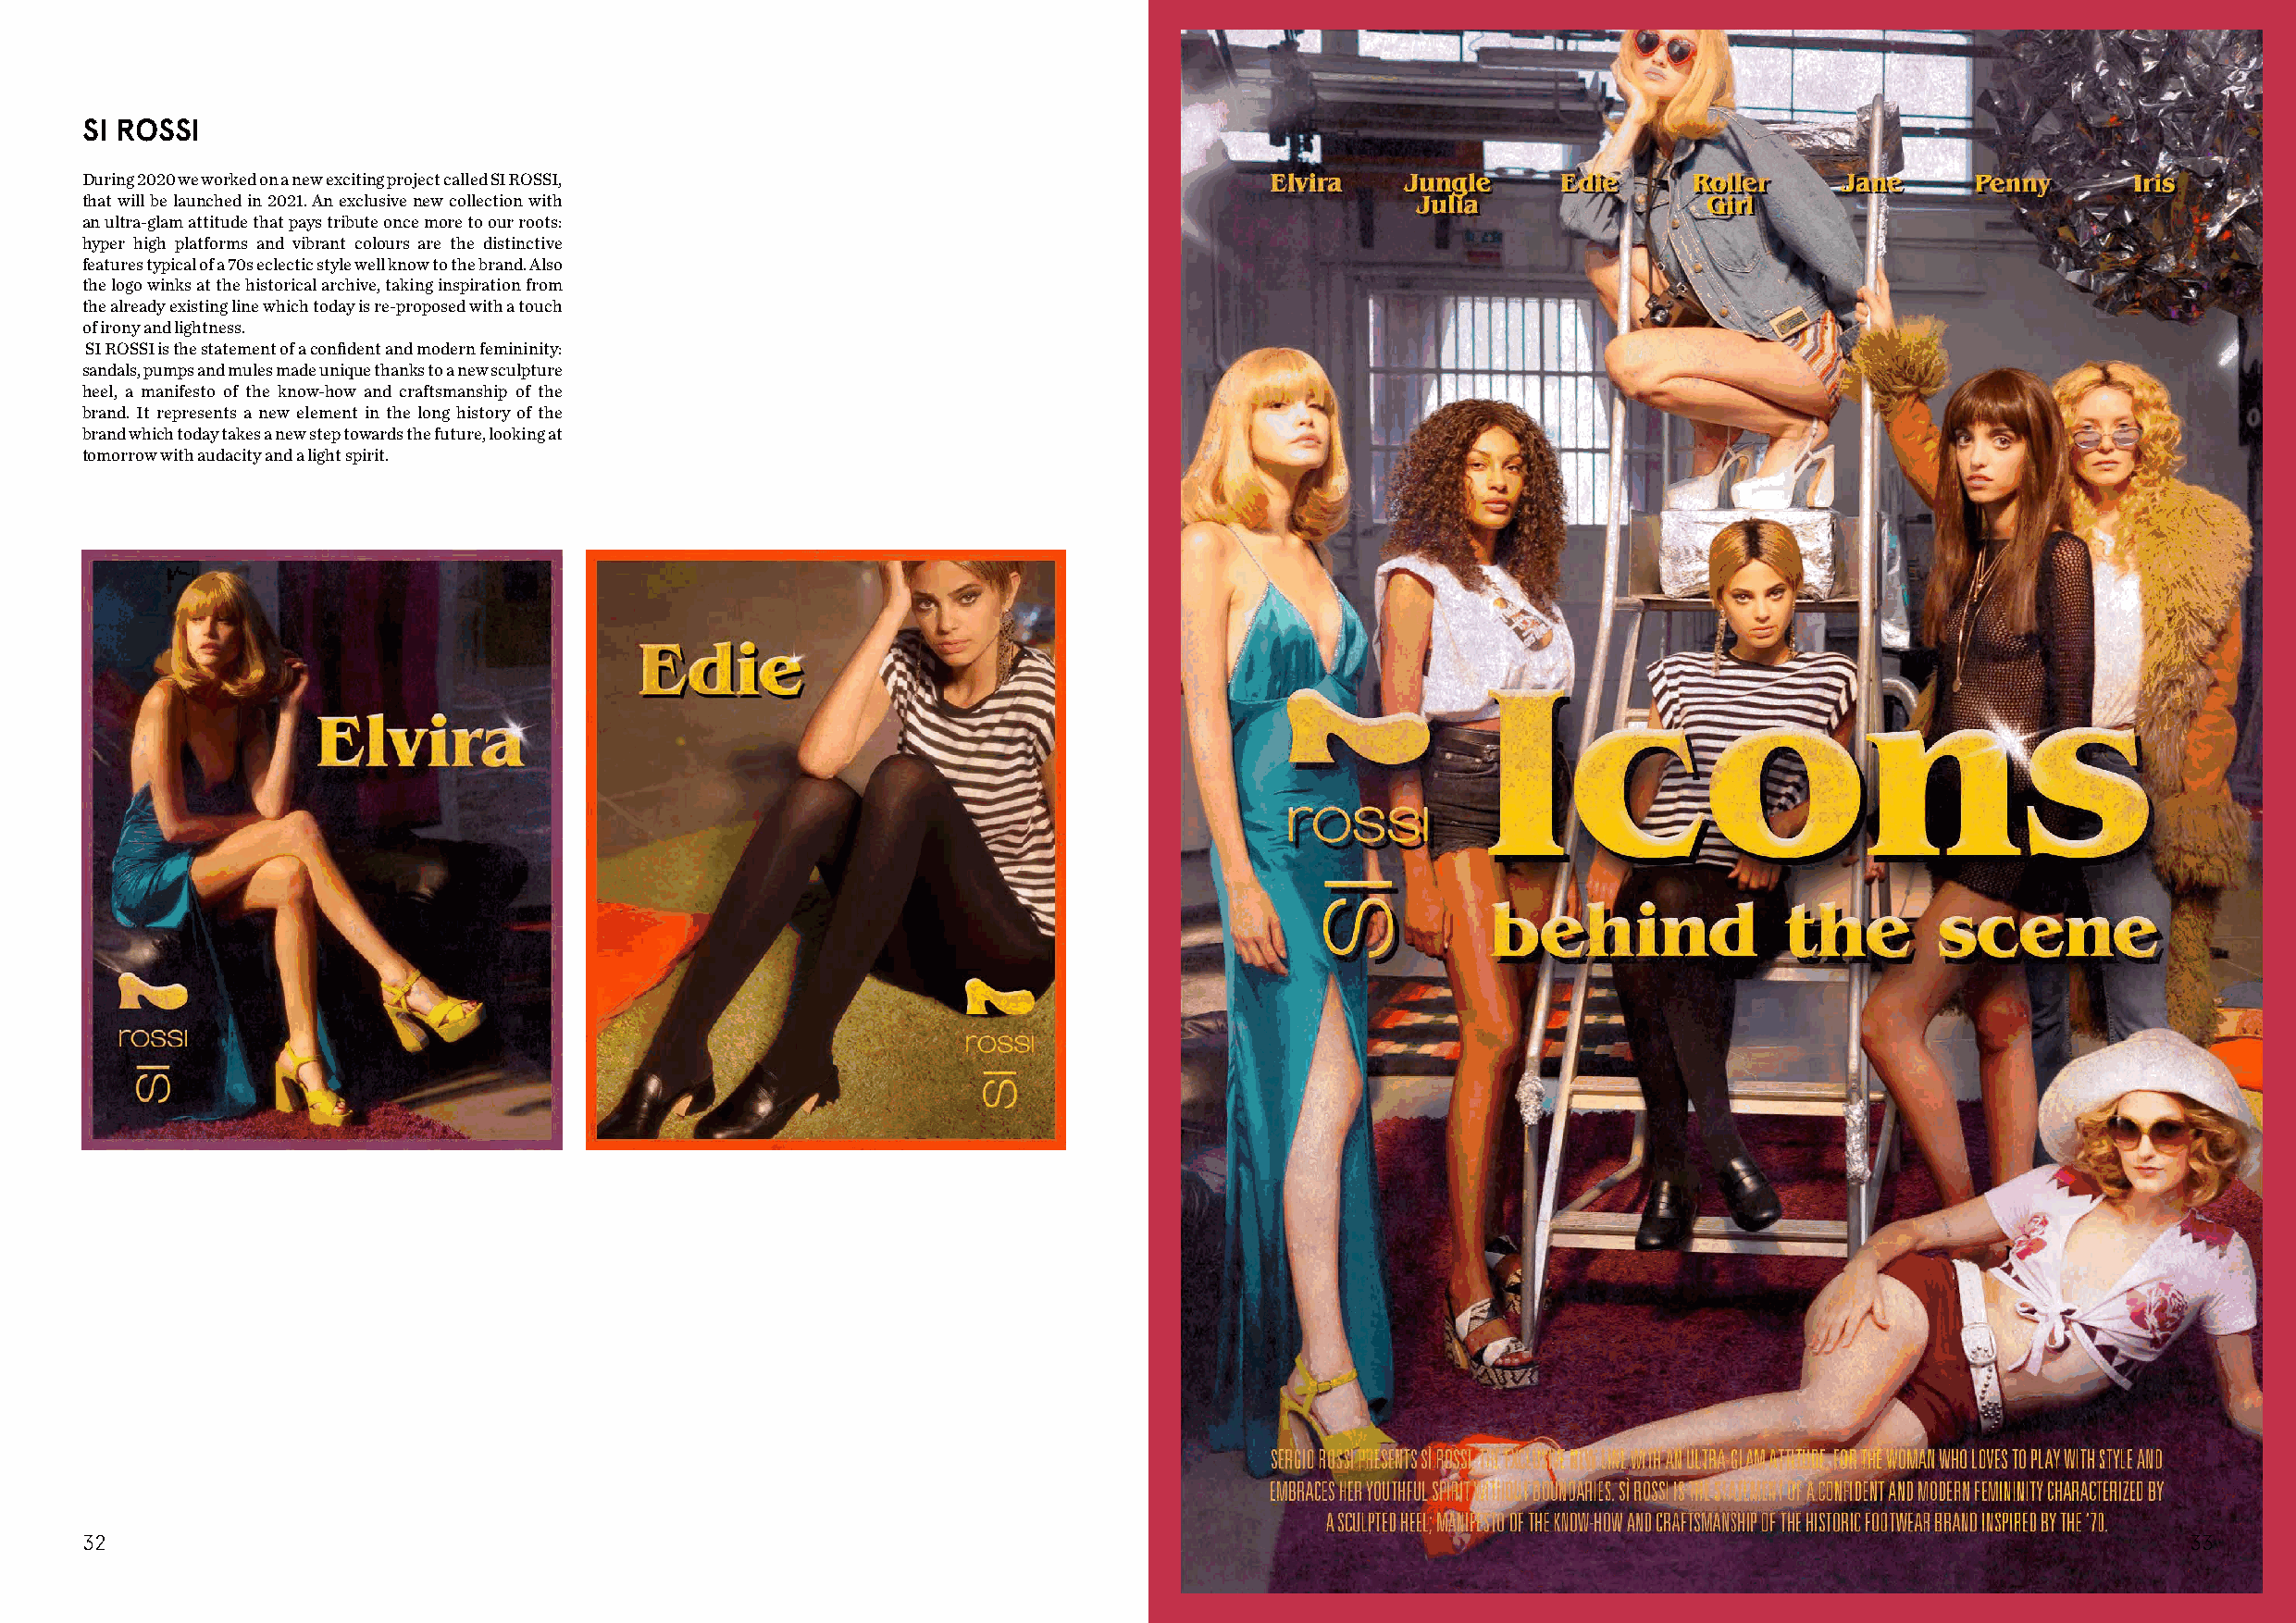
SI ROSSI
 During 2020 we worked on a new exciting project called SI ROSSI,
 that will be launched in 2021. An exclusive new collection with
 an ultra-glam attitude that pays tribute once more to our roots:
 hyper high platforms and vibrant colours are the distinctive
 features typical of a 70s eclectic style well know to the brand. Also
 the logo winks at the historical archive, taking inspiration from
 the already existing line which today is re-proposed with a touch
 of irony and lightness.
 SI ROSSI is the statement of a confident and modern femininity:
 sandals, pumps and mules made unique thanks to a new sculpture
 heel, a manifesto of the know-how and craftsmanship of the
 brand. It represents a new element in the long history of the
 brand which today takes a new step towards the future, looking at
 tomorrow with audacity and a light spirit.
 32                                                                                                                                                     33